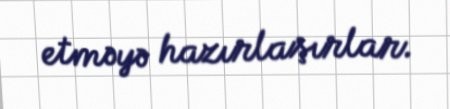
etməyə hazırlaşırlar.